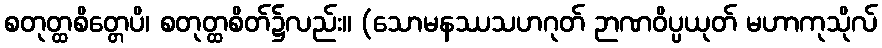
စတုတ္ထစိတ္တေပိ၊ စတုတ္ထစိတ်၌လည်း။ (သောမနဿသဟဂုတ် ဉာဏဝိပ္ပယုတ် မဟာကုသိုလ်